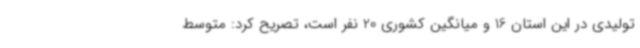
تولیدی در این استان 16 و میانگین کشوری 20 نفر است، تصریح کرد: متوسط